NAE_ERA_R-2632_ENSV_TA_Emakeele_Selts_1945-1955, lk 117
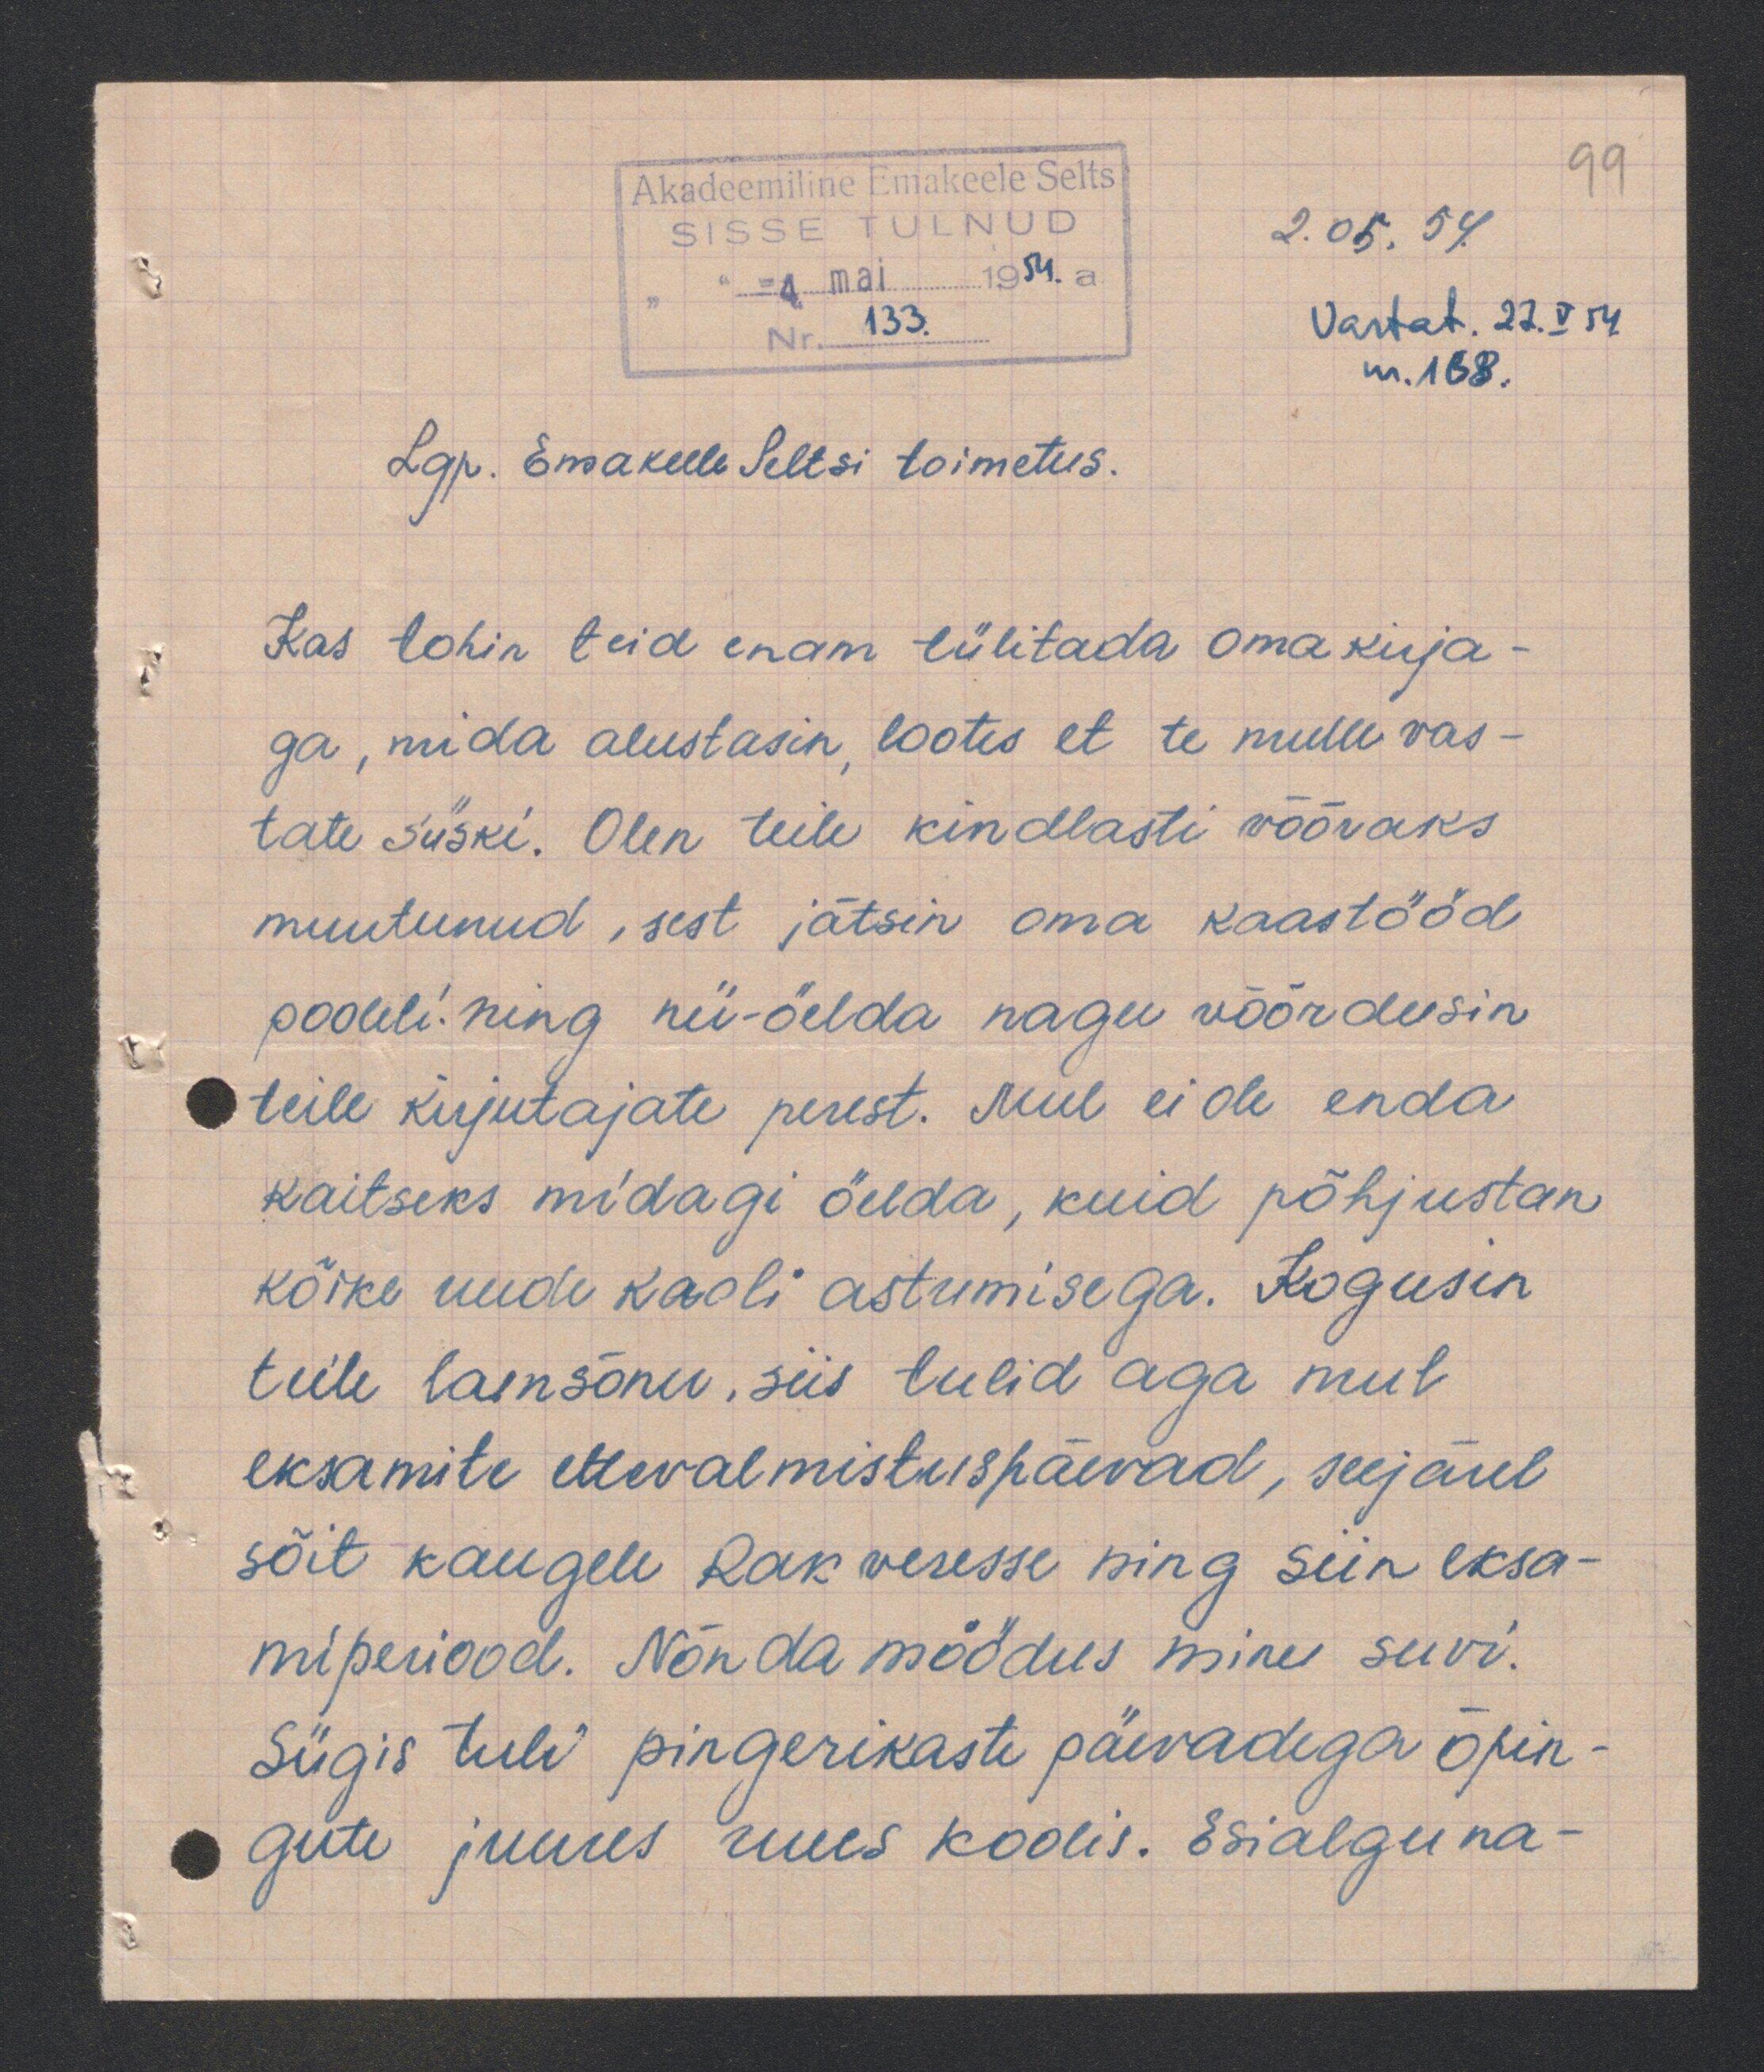
2.05.54
Vastat. 27.V 54.
nr. 168.
Lgp. Emakeele Seltsi toimetus.
Kas tohin teid enam tülitada oma kirja
ga, mida alustasin, lootes et te mulle vas-
tate siiski. Olen teile kindlasti võõraks
muutunud, sest jätsin oma kaastööd
pooleli ning nii-öelda nagu vöõrdusin
teile kirjutajate perest. Mul ei ole enda
kaitseks midagi õelda, kuid põhjustan
kõike uude kooli astumisega. Kogusin
teile laensõnu, siis tulid aga mul
eksamite ettevalmistuspäevad, seejärel
sõit kaugele Rakveresse sing siin eksa
miperiood. Nõnda möödus minu suvi.
Sügis tuli pingerikaste päevadega õpin
gute juures uues koolis. Esialgu na-